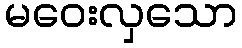
မဝေးလှသော